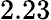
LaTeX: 2.23